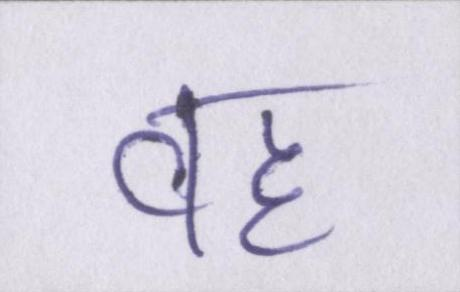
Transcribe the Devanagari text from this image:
वह